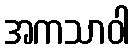
အကသာဝါ